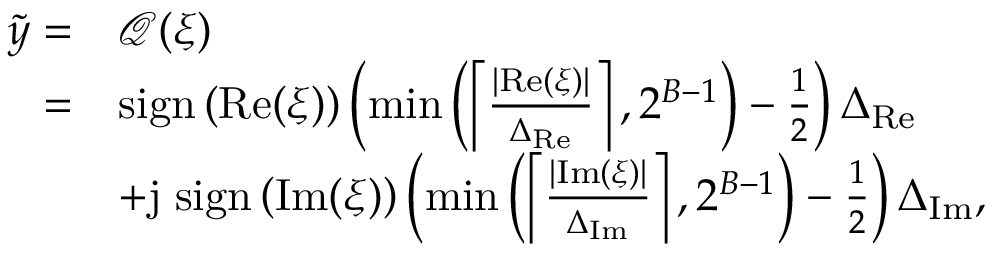
\begin{array} { r l } { \tilde { y } = } & { \mathcal { Q } ( \xi ) } \\ { = } & { { \mathrm { s i g n } } \left( { \mathrm { R e } ( \xi ) } \right) \left( \operatorname* { m i n } \left( \left\lceil \frac { | { \mathrm { R e } ( \xi ) } | } { \Delta _ { \mathrm { R e } } } \right\rceil , 2 ^ { B - 1 } \right) - \frac { 1 } { 2 } \right) \Delta _ { \mathrm { R e } } } \\ & { + { \mathrm { j } } \; { \mathrm { s i g n } } \left( { \mathrm { I m } ( \xi ) } \right) \left( \operatorname* { m i n } \left( \left\lceil \frac { | { \mathrm { I m } ( \xi ) } | } { \Delta _ { \mathrm { I m } } } \right\rceil , 2 ^ { B - 1 } \right) - \frac { 1 } { 2 } \right) \Delta _ { \mathrm { I m } } , } \end{array}